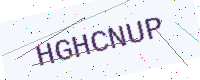
Text: HGHCNUP